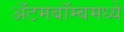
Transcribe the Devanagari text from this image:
अॅटमबॉम्बमध्ये